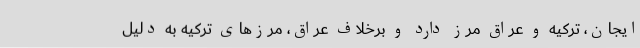
ایجان، ترکیه و عراق مرز دارد و برخلاف عراق، مرزهای ترکیه به دلیل